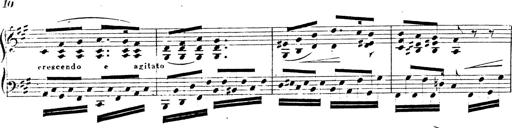
Title: Chanson bohÃ©mienne
Composer: Franz Liszt